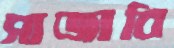
সাজাবি